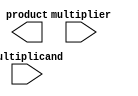
module wallace_tree_multiplier #(parameter N = 4) (
    input  [N-1:0] multiplicand,
    input  [N-1:0] multiplier,
    output [2*N-1:0] product
);

    // Generate partial products
    wire [N-1:0] pp [0:N-1]; // Partial products
    genvar i;
    generate
        for (i = 0; i < N; i = i + 1) begin : pp_gen
            assign pp[i] = multiplicand & {N{multiplier[i]}};
        end
    endgenerate

    // Carry-Save Adder (CSA) structure
    wire [N:0] sum [0:N-1]; // Sum outputs of CSAs
    wire [N:0] carry [0:N-1]; // Carry outputs of CSAs

    // Level 1 CSA
    generate
        for (i = 0; i < N; i = i + 1) begin : csa_level1
            if (i % 3 == 0) begin
                assign sum[i/3] = pp[i] + pp[i+1] + (i+2 < N ? pp[i+2] : 0);
                assign carry[i/3] = (pp[i] & pp[i+1]) | (pp[i] & (i+2 < N ? pp[i+2] : 0)) | (pp[i+1] & (i+2 < N ? pp[i+2] : 0));
            end
        end
    endgenerate

    // Level 2 CSA
    wire [N:0] sum2 [0:(N+2)/3-1];
    wire [N:0] carry2 [0:(N+2)/3-1];
    generate
        for (i = 0; i < (N+2)/3; i = i + 1) begin : csa_level2
            if (i * 3 + 1 < (N+2)) begin
                assign sum2[i] = sum[i*3] + (i*3 + 1 < N ? sum[i*3 + 1] : 0) + (i*3 + 2 < N ? sum[i*3 + 2] : 0);
                assign carry2[i] = (sum[i*3] & (i*3 + 1 < N ? sum[i*3 + 1] : 0)) | (sum[i*3] & (i*3 + 2 < N ? sum[i*3 + 2] : 0)) | ((i*3 + 1 < N ? sum[i*3 + 1] : 0) & (i*3 + 2 < N ? sum[i*3 + 2] : 0));
            end
        end
    endgenerate

    // Final addition
    wire [N:0] final_sum;
    wire [N:0] final_carry;
    assign final_sum = sum2[0] + (1 < (N+2)/3 ? sum2[1] : 0) + (2 < (N+2)/3 ? sum2[2] : 0);
    assign final_carry = (sum2[0] & (1 < (N+2)/3 ? sum2[1] : 0)) | (sum2[0] & (2 < (N+2)/3 ? sum2[2] : 0)) | ((1 < (N+2)/3 ? sum2[1] : 0) & (2 < (N+2)/3 ? sum2[2] : 0));

    // Final product output
    assign product = final_sum + final_carry;

endmodule